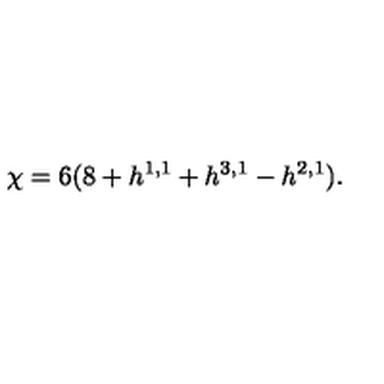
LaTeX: \chi = 6 ( 8 + h ^ { 1 , 1 } + h ^ { 3 , 1 } - h ^ { 2 , 1 } ) .